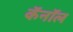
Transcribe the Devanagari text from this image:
कॅनाॅल